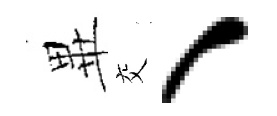
𭺾交、